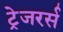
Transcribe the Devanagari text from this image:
ट्रेजरर्स